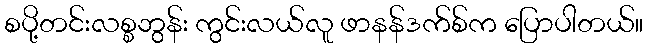
စပို့တင်းလစ္စဘွန်း ကွင်းလယ်လူ ဖာနန်ဒက်စ်က ပြောပါတယ်။